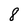
Character: 8